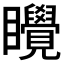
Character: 𬑬